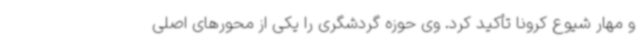
و مهار شیوع کرونا تأکید کرد. وی حوزه گردشگری را یکی از محورهای اصلی